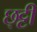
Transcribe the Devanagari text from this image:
छ्ट्टी